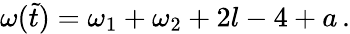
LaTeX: \omega(\tilde{t})=\omega_{1}+\omega_{2}+2l-4+a\, .